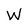
Character: W